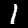
Digit: 1